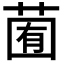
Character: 𦳩